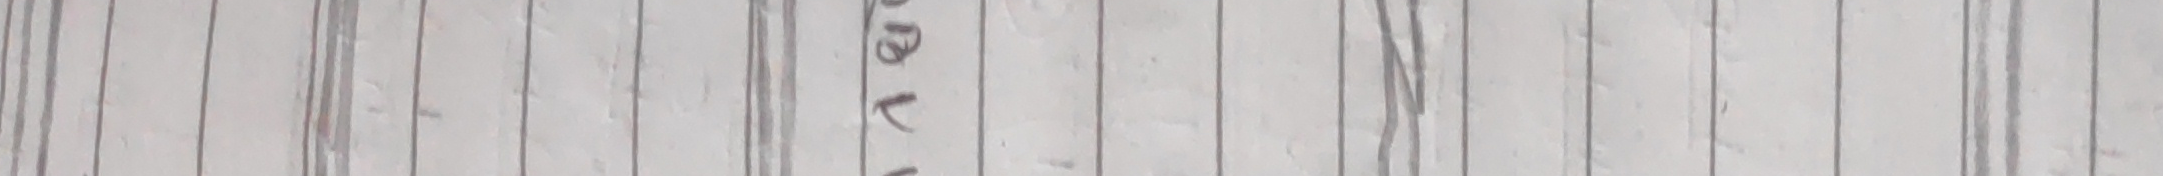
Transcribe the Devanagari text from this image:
लेखा २।